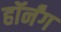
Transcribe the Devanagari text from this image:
हॉर्नंग